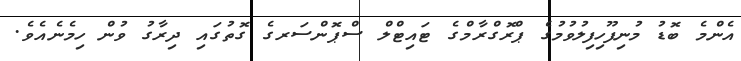
އެންމެ ބޮޑު މުނިފޫހިފިލުވުމުގެ ޕްރޮގްރާމްގެ ޓައިޓްލް ސްޕޮންސަރގެ ގޮތުގައި ދިރާގު ވުން ހިމެނެއެވެ.